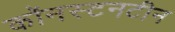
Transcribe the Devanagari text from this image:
कॉनस्टनटीन